Indian journal of veterinary science and animal husbandry - Volume 9,
Year: 1939
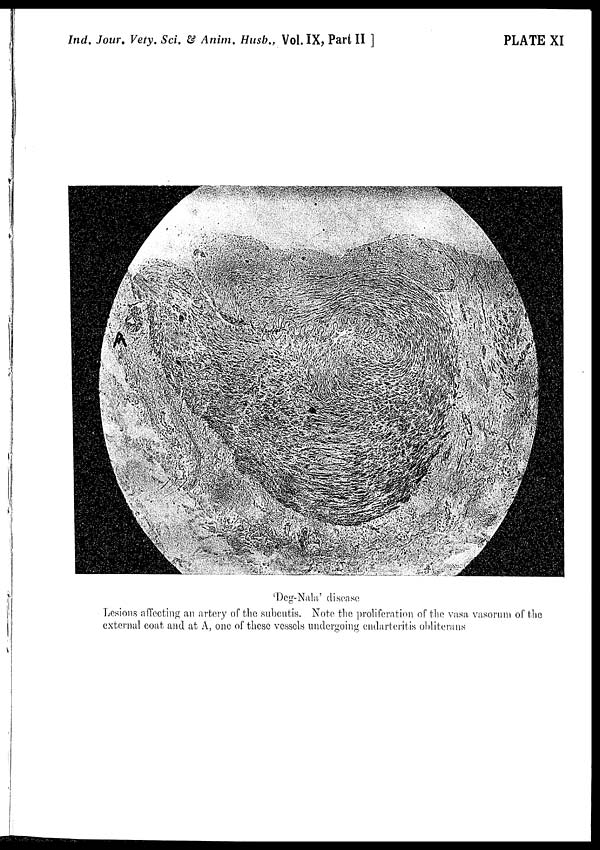
Ind. Jour. Vety. Sci. & Anim. Husb., Vol. IX, Part II ]
PLATE XI
'Deg-Nala' disease
Lesions affecting an artery of the subcutis. Note the proliferation of the vasa vasorum of the
external coat and at A, one of these vessels undergoing endarteritis obliterans